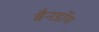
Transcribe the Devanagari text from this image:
बैनडॉग